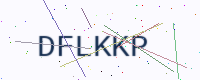
Text: DFLKKP